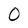
Character: O